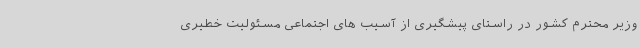
وزیر محترم کشور در راستای پیشگیری از آسیب های اجتماعی مسئولیت خطیری